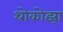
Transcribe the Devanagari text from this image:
थोकोझा